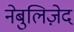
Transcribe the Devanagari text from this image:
नेबुलिज़ेद